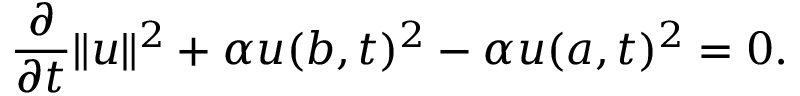
{ \frac { \partial } { \partial t } } \| u \| ^ { 2 } + \alpha u ( b , t ) ^ { 2 } - \alpha u ( a , t ) ^ { 2 } = 0 .